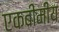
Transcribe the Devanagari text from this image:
एकबीमीय